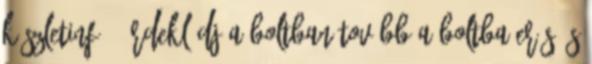
Készletinfó: Érdeklődj a boltban tovább a boltba Erős és